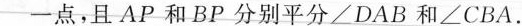
-点，且AP和BP分别平分\angleDAB和\angleCBA。